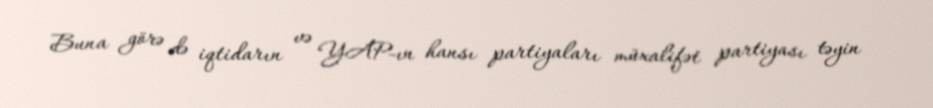
Buna görə də iqtidarın və YAP-ın hansı partiyaları müxalifət partiyası təyin